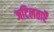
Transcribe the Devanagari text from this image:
जटिलताऍं